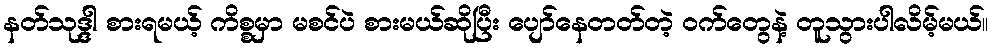
နတ်သုဒ္ဒါ စားရမယ့် ကိစ္စမှာ မစင်ပဲ စားမယ်ဆိုပြီး ပျော်နေတတ်တဲ့ ဝက်တွေနဲ့ တူသွားပါလိမ့်မယ်။